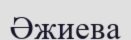
Әжиева